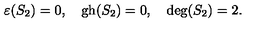
\varepsilon ( S _ { 2 } ) = 0 , \quad \mathrm { g h } ( S _ { 2 } ) = 0 , \quad \mathrm { d e g } ( S _ { 2 } ) = 2 .